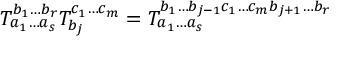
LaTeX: T _ { a _ { 1 } \ldots a _ { s } } ^ { b _ { 1 } \ldots b _ { r } } T _ { b _ { j } } ^ { c _ { 1 } \ldots c _ { m } } = T _ { a _ { 1 } \ldots a _ { s } } ^ { b _ { 1 } \ldots b _ { j - 1 } c _ { 1 } \ldots c _ { m } b _ { j + 1 } \ldots b _ { r } }